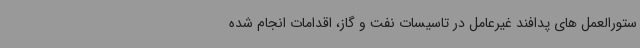
ستورالعمل های پدافند غیرعامل در تاسیسات نفت و گاز، اقدامات انجام شده